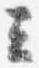
云